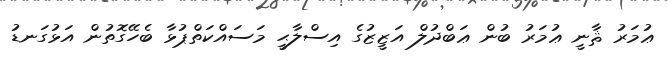
ޢުމަރު ޘާނީ ޢުމަރު ބުން ޢަބްދުލް އަޒީޒުގެ އިސްލާޙީ މަސައްކަތްޕުޅާ ބެހޭގޮތުން އަޅުގަނޑު